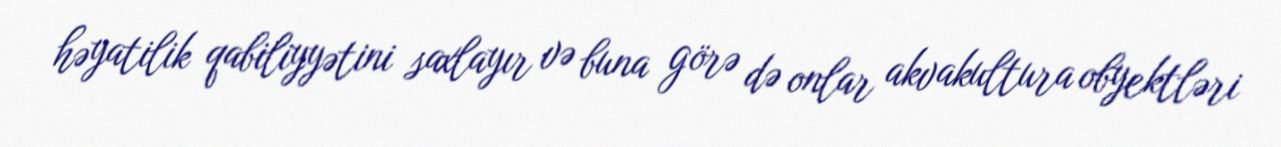
həyatilik qabiliyyətini saxlayır və buna görə də onlar akvakultura obyektləri